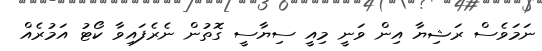
ނަމަވެސް ރަޝިޔާ އިން ވަނީ މިއީ ސިޔާސީ ގޮތުން ނެރެފައިވާ ކޯޓު އަމުރެއް